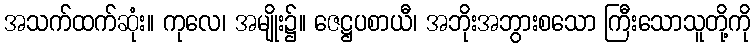
အသက်ထက်ဆုံး။ ကုလေ၊ အမျိုး၌။ ဇေဋ္ဌပစာယီ၊ အဘိုးအဘွားစသော ကြီးသောသူတို့ကို